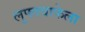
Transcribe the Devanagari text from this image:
लुफ्तवाफेला